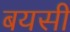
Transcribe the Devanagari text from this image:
बयसी